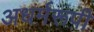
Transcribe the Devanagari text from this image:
अधर्मरूपी